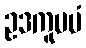
ဥဒကူပမံ